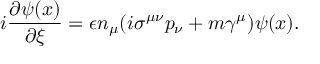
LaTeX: i \frac { \partial \psi ( x ) } { \partial \xi } = \epsilon n _ { \mu } ( i \sigma ^ { \mu \nu } p _ { \nu } + m \gamma ^ { \mu } ) \psi ( x ) .